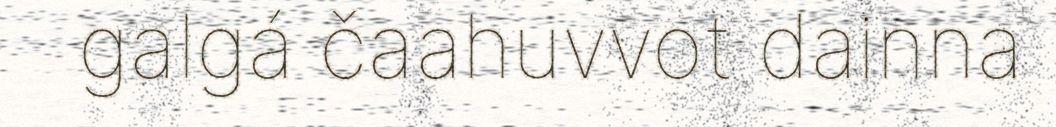
galgá čaahuvvot dainna